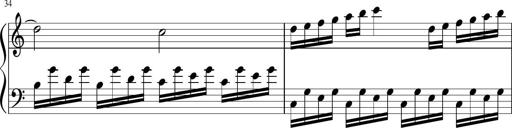
Title: Sonatina di Santa Gemma, JKB 12
Composer: Jason Baruk
Key: F major